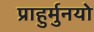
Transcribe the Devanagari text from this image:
प्राहुर्मुनयो